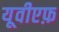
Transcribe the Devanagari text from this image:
यूवीएफ़